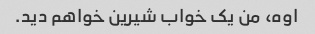
اوه، من یک خواب شیرین خواهم دید.